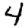
Digit: 4